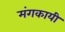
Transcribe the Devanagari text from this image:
मंगकायी